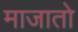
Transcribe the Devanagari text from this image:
माजातो